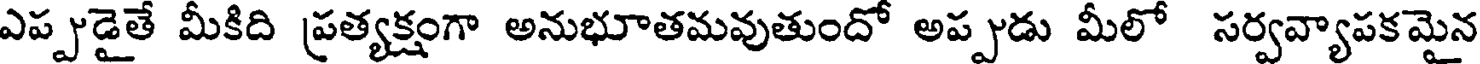
ఎప్పుడైతే మీకిది ప్రత్యక్షంగా అనుభూతమవుతుందో అప్పుడు మీలో సర్వవ్యాపకమైన